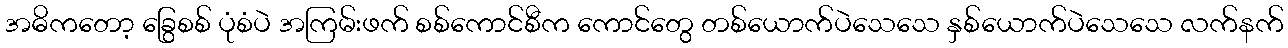
အဓိကတော့ ခြွေစစ် ပုံစံပဲ အကြမ်းဖက် စစ်ကောင်စီက ကောင်တွေ တစ်ယောက်ပဲသေသေ နှစ်ယောက်ပဲသေသေ လက်နက်